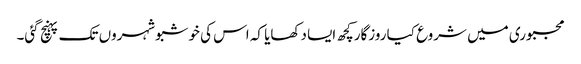
مجبوری میں شروع کیا روزگارکچھ ایسا دکھایا کہ اس کی خوشبوشہروں تک پہنچ گئی۔